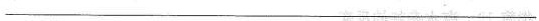
___